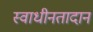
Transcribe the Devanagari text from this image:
स्वाधीनतादान